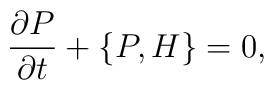
\frac{\partial P}{\partial t} + \{P, H\} = 0,